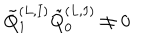
LaTeX: \tilde { Q } _ { 1 } ^ { ( L , I ) } \tilde { Q } _ { 0 } ^ { ( L , I ) } \neq 0 \,